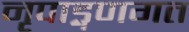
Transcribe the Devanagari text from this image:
नृपाड्गणगत